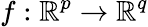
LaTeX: f:\mathbb{R}^{p}\to\mathbb{R}^{q}